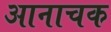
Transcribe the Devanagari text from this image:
आनाचक